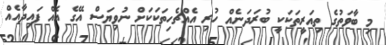
މި ބާވަތުގެ ތިއަރީތަކަކީ ބުރަދަނެއް ހުރި އެއްޗެހިތަކަކަށް ނުވިޔަސް އޭގެ އެއް ފައިދާއެއް